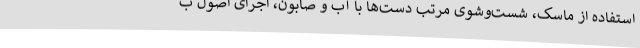
استفاده از ماسک، شست‌وشوی مرتب دست‌ها با آب و صابون، اجرای اصول ب